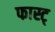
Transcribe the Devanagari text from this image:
फास्ट्